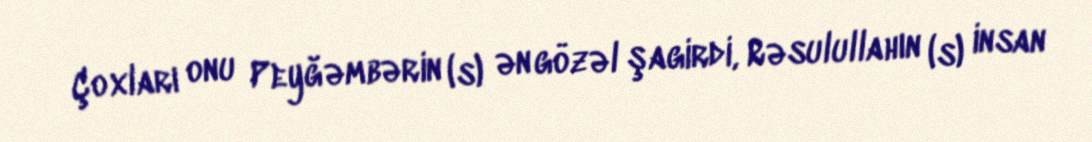
Çoxları onu Peyğəmbərin (s) ən gözəl şagirdi, Rəsulullahın (s) insan